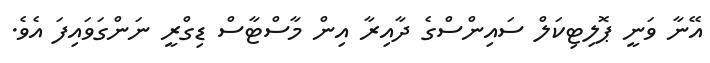
އޭނާ ވަނީ ޕޮލިޓިކަލް ސައިންސްގެ ދާއިރާ އިން މާސްޓާސް ޑިގްރީ ނަންގަވައިފަ އެވެ.